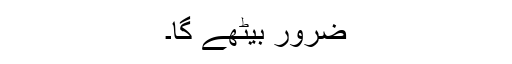
ضرور بیٹھے گا۔